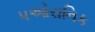
પઓરાનિક